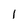
Character: l